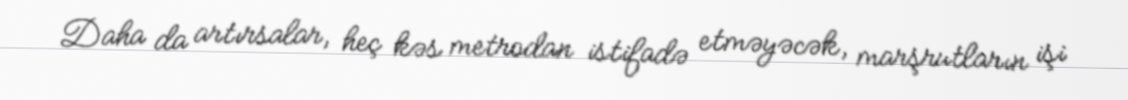
Daha da artırsalar, heç kəs metrodan istifadə etməyəcək, marşrutların işi